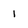
Character: i